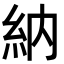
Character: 納